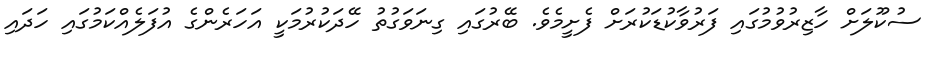
ސުކޫލަށް ހާޒިރުވުމުގައި ފަރުވާކުޑަކުރަށް ފެށީމެވެ. ބޭރުގައި ގިނަވަގުތު ހޭދަކުރުމަކީ އަހަރެންގެ އުފަލެއްކަމުގައި ހަދައި